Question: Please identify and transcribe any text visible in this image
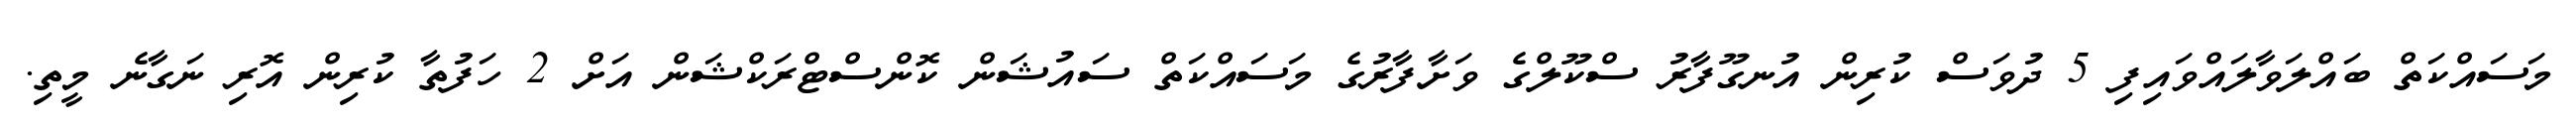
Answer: މަސައްކަތް ބައްލަވާލައްވައިފި 5 ދުވަސް ކުރިން އުނގޫފާރު ސްކޫލްގެ ވަށާފާރުގެ މަސައްކަތް ސައުޝަން ކޮންސްޓްރަކްޝަން އަށް 2 ހަފުތާ ކުރިން އޮރި ނަގާނެ މީތި.